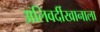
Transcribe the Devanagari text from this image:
अलिवर्दीखानाला